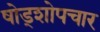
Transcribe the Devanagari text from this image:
षोड्शोपचार